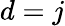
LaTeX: d=j